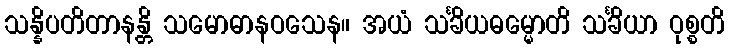
သန္နိပတိတာနန္တိ သမောဓာနဝသေန။ အယံ သင်္ခိယဓမ္မောတိ သင်္ခိယာ ဝုစ္စတိ